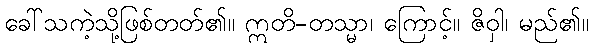
ခေါ်သကဲ့သို့ဖြစ်တတ်၏။ ဣတိ-တသ္မာ၊ ကြောင့်။ ဇိဝှါ၊ မည်၏။